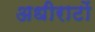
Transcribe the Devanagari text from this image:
अधीराटों